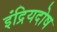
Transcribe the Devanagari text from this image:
इंद्रियदोष